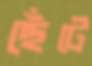
ছেঁটে